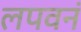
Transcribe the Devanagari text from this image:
लपवनं